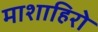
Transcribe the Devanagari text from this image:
माशाहिरो